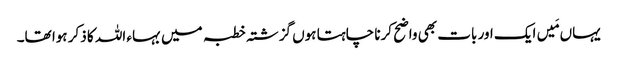
یہاں مَیں ایک اور بات بھی واضح کرنا چاہتا ہوں گزشتہ خطبہ میں بہاء اللہ کا ذکر ہوا تھا۔